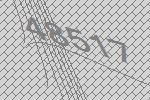
48517